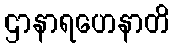
ဌာနာရဟေနာတိ